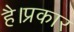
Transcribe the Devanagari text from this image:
है।प्रकार